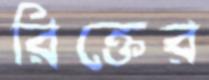
রিক্তের